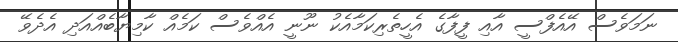
ނަމަވެސް އޭއެފްސީ އާއި ފީފާގެ އެހީތެރިކަމާއެކު ނޫނީ އެއްވެސް ކަމެއް ކާމިޔާބެއްއަދި އެދެވޭ